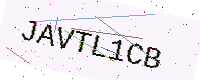
Text: JAVTL1CB